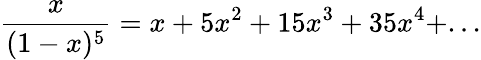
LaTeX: {\frac{x}{(1-x)^{5}}}=x+5x^{2}+15x^{3}+35x^{4}+...